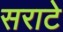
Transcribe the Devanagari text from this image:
सराटे